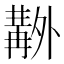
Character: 𠨊